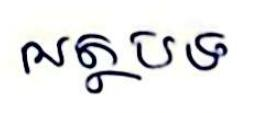
អត្ថបទ